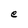
Character: e